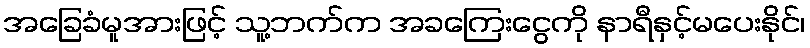
အခြေခံမူအားဖြင့် သူ့ဘက်က အခကြေးငွေကို နာရီနှင့်မပေးနိုင်၊